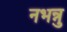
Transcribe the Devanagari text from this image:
नभन्नु